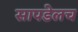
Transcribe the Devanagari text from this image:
सापडेलच